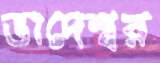
ভাদেশ্বর